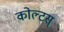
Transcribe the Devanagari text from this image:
कोल्टस्